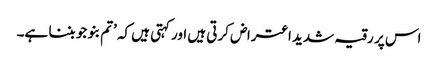
اس پر رقیہ شدید اعتراض کرتی ہیں اور کہتی ہیں کہ ’تم بنو جو بننا ہے۔